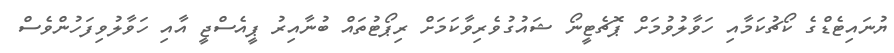
ޔުނައިޓެޑްގެ ކޯޗުކަމާއި ހަވާލުވުމަށް ޕޮޗެޓީނޯ ޝައުގުވެރިވާކަމަށް ރިޕޯޓުތައް ބުނާއިރު ޕީއެސްޖީ އާއި ހަވާލުވިފަހުންވެސް